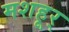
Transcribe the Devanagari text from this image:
मशहूर्